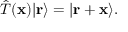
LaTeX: { \hat { T } } ( \mathbf { x } ) | \mathbf { r } \rangle = | \mathbf { r } + \mathbf { x } \rangle .